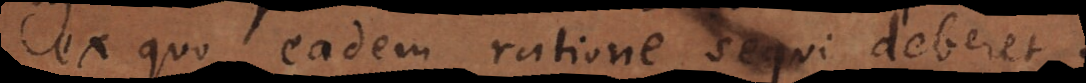
ex quo eadem ratione sequi deberet